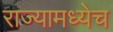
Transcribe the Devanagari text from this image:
राज्यामध्येच